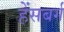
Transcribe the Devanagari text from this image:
हेंसबर्ग